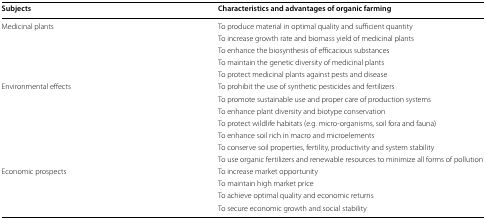
| Subjects | Characteristics and advantages of organic farming |
 | --- | --- |
 | <ROWSPAN=5> Medicinal plants | To produce material in optimal quality and sufficient quantity |
 | To increase growth rate and biomass yield of medicinal plants |
 | To enhance the biosynthesis of efficacious substances |
 | To maintain the genetic diversity of medicinal plants |
 | To protect medicinal plants against pests and disease |
 | <ROWSPAN=7> Environmental effects | To prohibit the use of synthetic pesticides and fertilizers |
 | To promote sustainable use and proper care of production systems |
 | To enhance plant diversity and biotype conservation |
 | To protect wildlife habitats (e.g. micro-organisms, soil fora and fauna) |
 | To enhance soil rich in macro and microelements |
 | To conserve soil properties, fertility, productivity and system stability |
 | To use organic fertilizers and renewable resources to minimize all forms of pollution |
 | <ROWSPAN=4> Economic prospects | To increase market opportunity |
 | To maintain high market price |
 | To achieve optimal quality and economic returns |
 | To secure economic growth and social stability |